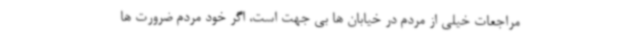
مراجعات خیلی از مردم در خیابان ها بی جهت است، اگر خود مردم ضرورت ها